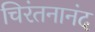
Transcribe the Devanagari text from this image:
चिरंतनानंद